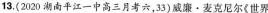
13.(2020湖南平江一中高三月考六，33)威廉·麦克尼尔《世界